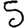
Digit: 5